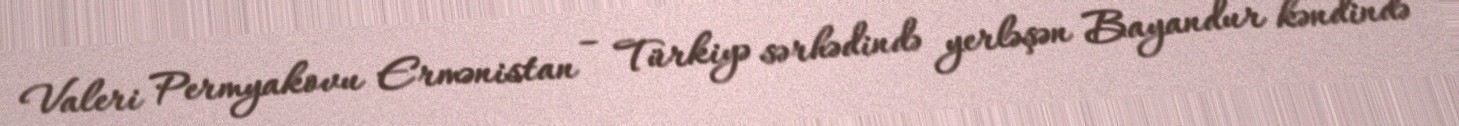
Valeri Permyakovu Ermənistan – Türkiyə sərhədində yerləşən Bayandur kəndində